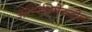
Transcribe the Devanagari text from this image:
अतिपश्चिमेकडील